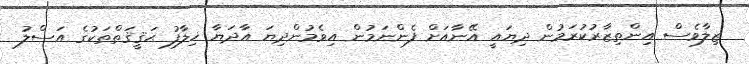
ޒިލާވެސް އިންތިޒާރުކުރަމުން ދިޔައީ އޭނާއަށް ފެންނަމުން އިވެމުންދިޔަ އާދަޔާ ޚިލާފު ޙަޤީޤަތްތަކުގެ އަސްލު